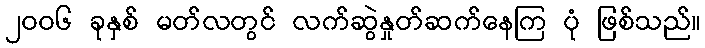
၂၀၀၆ ခုနှစ် မတ်လတွင် လက်ဆွဲနှုတ်ဆက်နေကြ ပုံ ဖြစ်သည်။